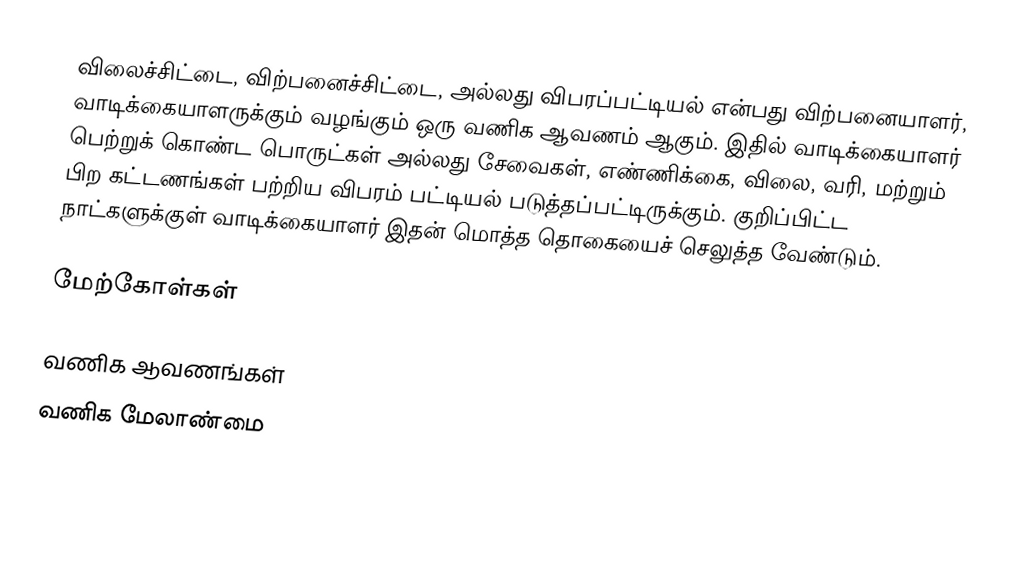
விலைச்சிட்டை, விற்பனைச்சிட்டை, அல்லது விபரப்பட்டியல் என்பது விற்பனையாளர், வாடிக்கையாளருக்கும் வழங்கும் ஒரு வணிக ஆவணம் ஆகும்.  இதில் வாடிக்கையாளர் பெற்றுக் கொண்ட பொருட்கள் அல்லது சேவைகள், எண்ணிக்கை, விலை, வரி, மற்றும் பிற கட்டணங்கள் பற்றிய விபரம் பட்டியல் படுத்தப்பட்டிருக்கும்.  குறிப்பிட்ட நாட்களுக்குள் வாடிக்கையாளர் இதன் மொத்த தொகையைச் செலுத்த வேண்டும்.

மேற்கோள்கள்

வணிக ஆவணங்கள்
வணிக மேலாண்மை